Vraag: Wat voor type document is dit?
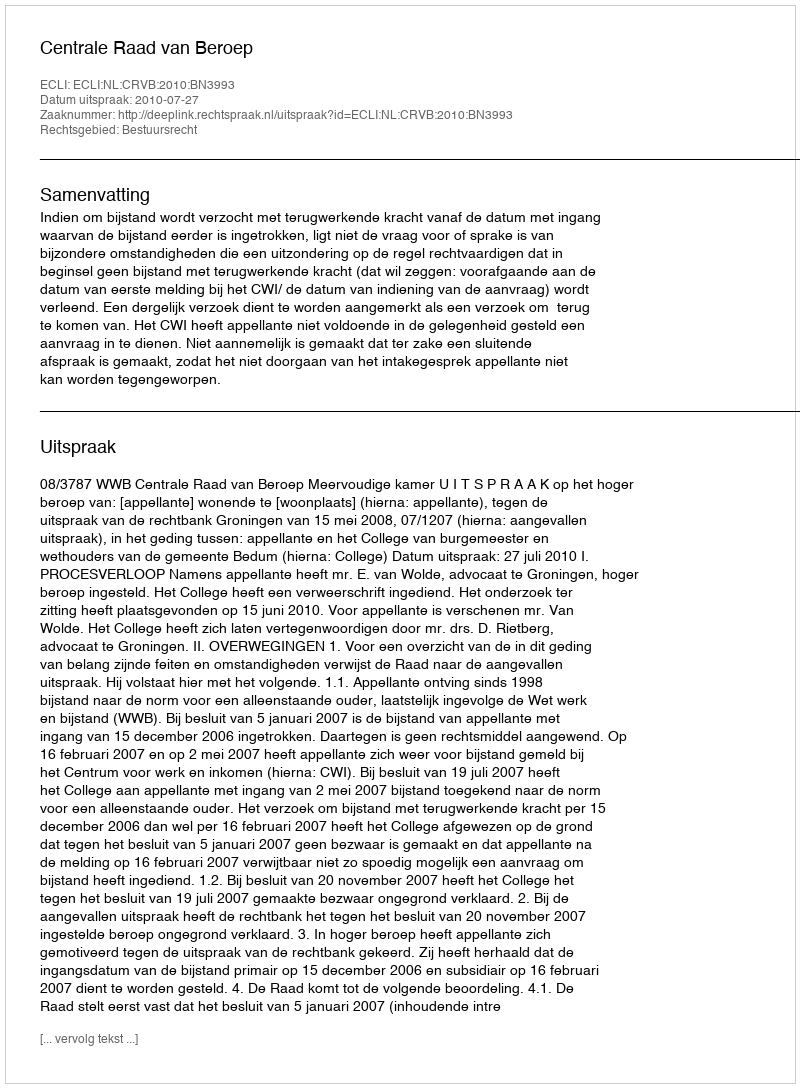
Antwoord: Uitspraak